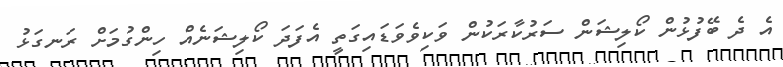
އެ ދެ ބޭފުޅުން ކޯލިޝަން ސަރުކާރަކުން ވަކިވެވަޑައިގަތީ އެފަދަ ކޯލިޝަނެއް ހިންގުމަށް ރަނގަޅު